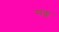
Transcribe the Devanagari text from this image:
सक्कं